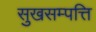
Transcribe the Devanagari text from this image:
सुखसम्पत्ति